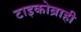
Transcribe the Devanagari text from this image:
टाइकोब्राही